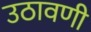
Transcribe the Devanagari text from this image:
उठावणी